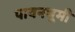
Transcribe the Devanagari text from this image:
पावनभूमी